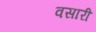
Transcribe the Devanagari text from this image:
वसारी